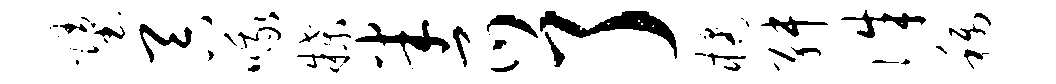
堕吞哦牒半爪了橘舛侏称